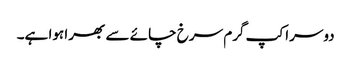
دوسرا کپ گرم سرخ چائے سے بھرا ہوا ہے۔